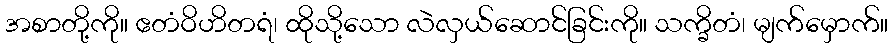
အစာတို့ကို။ ဧတံဝိဟိတရံ၊ ထိုသို့သော လဲလှယ်ဆောင်ခြင်းကို။ သက္ခိတံ၊ မျက်မှောက်။